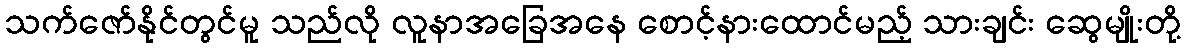
သက်ဇော်နိုင်တွင်မူ သည်လို လူနာအခြေအနေ စောင့်နားထောင်မည့် သားချင်း ဆွေမျိုးတို့